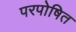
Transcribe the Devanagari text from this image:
परपोषित